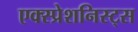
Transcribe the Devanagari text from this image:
एक्स्प्रेशनिस्ट्स